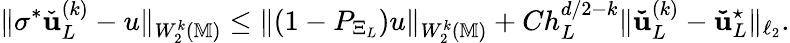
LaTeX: \| \sigma^{*}\check{\boldsymbol{\mathbf{u}}}_{L}^{(k)}-u\| _{W_{2}^{k}(\mathbb{M})}\le\| (1-P_{\Xi_{L}})u\| _{W_{2}^{k}(\mathbb{M})}+Ch_{L}^{d/2-k}\| \boldsymbol{\mathbf{\check{u}}}_{L}^{(k)}-\boldsymbol{\mathbf{\check{u}}}_{L}^{\star}\| _{\ell_{2}}.